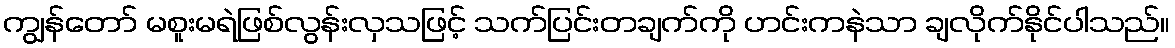
ကျွန်တော် မစူးမရဲဖြစ်လွန်းလှသဖြင့် သက်ပြင်းတချက်ကို ဟင်းကနဲသာ ချလိုက်နိုင်ပါသည်။